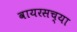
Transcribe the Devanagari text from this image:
वायरसच्या